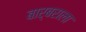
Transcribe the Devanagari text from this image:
बार्बराला